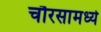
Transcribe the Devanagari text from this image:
चौरसामध्ये